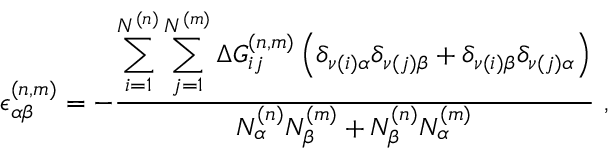
\epsilon _ { \alpha \beta } ^ { ( n , m ) } = - \frac { \displaystyle \sum _ { i = 1 } ^ { N ^ { ( n ) } } \sum _ { j = 1 } ^ { N ^ { ( m ) } } \Delta G _ { i j } ^ { ( n , m ) } \left( \delta _ { \nu ( i ) \alpha } \delta _ { \nu ( j ) \beta } + \delta _ { \nu ( i ) \beta } \delta _ { \nu ( j ) \alpha } \right) } { N _ { \alpha } ^ { ( n ) } N _ { \beta } ^ { ( m ) } + N _ { \beta } ^ { ( n ) } N _ { \alpha } ^ { ( m ) } } ~ ,